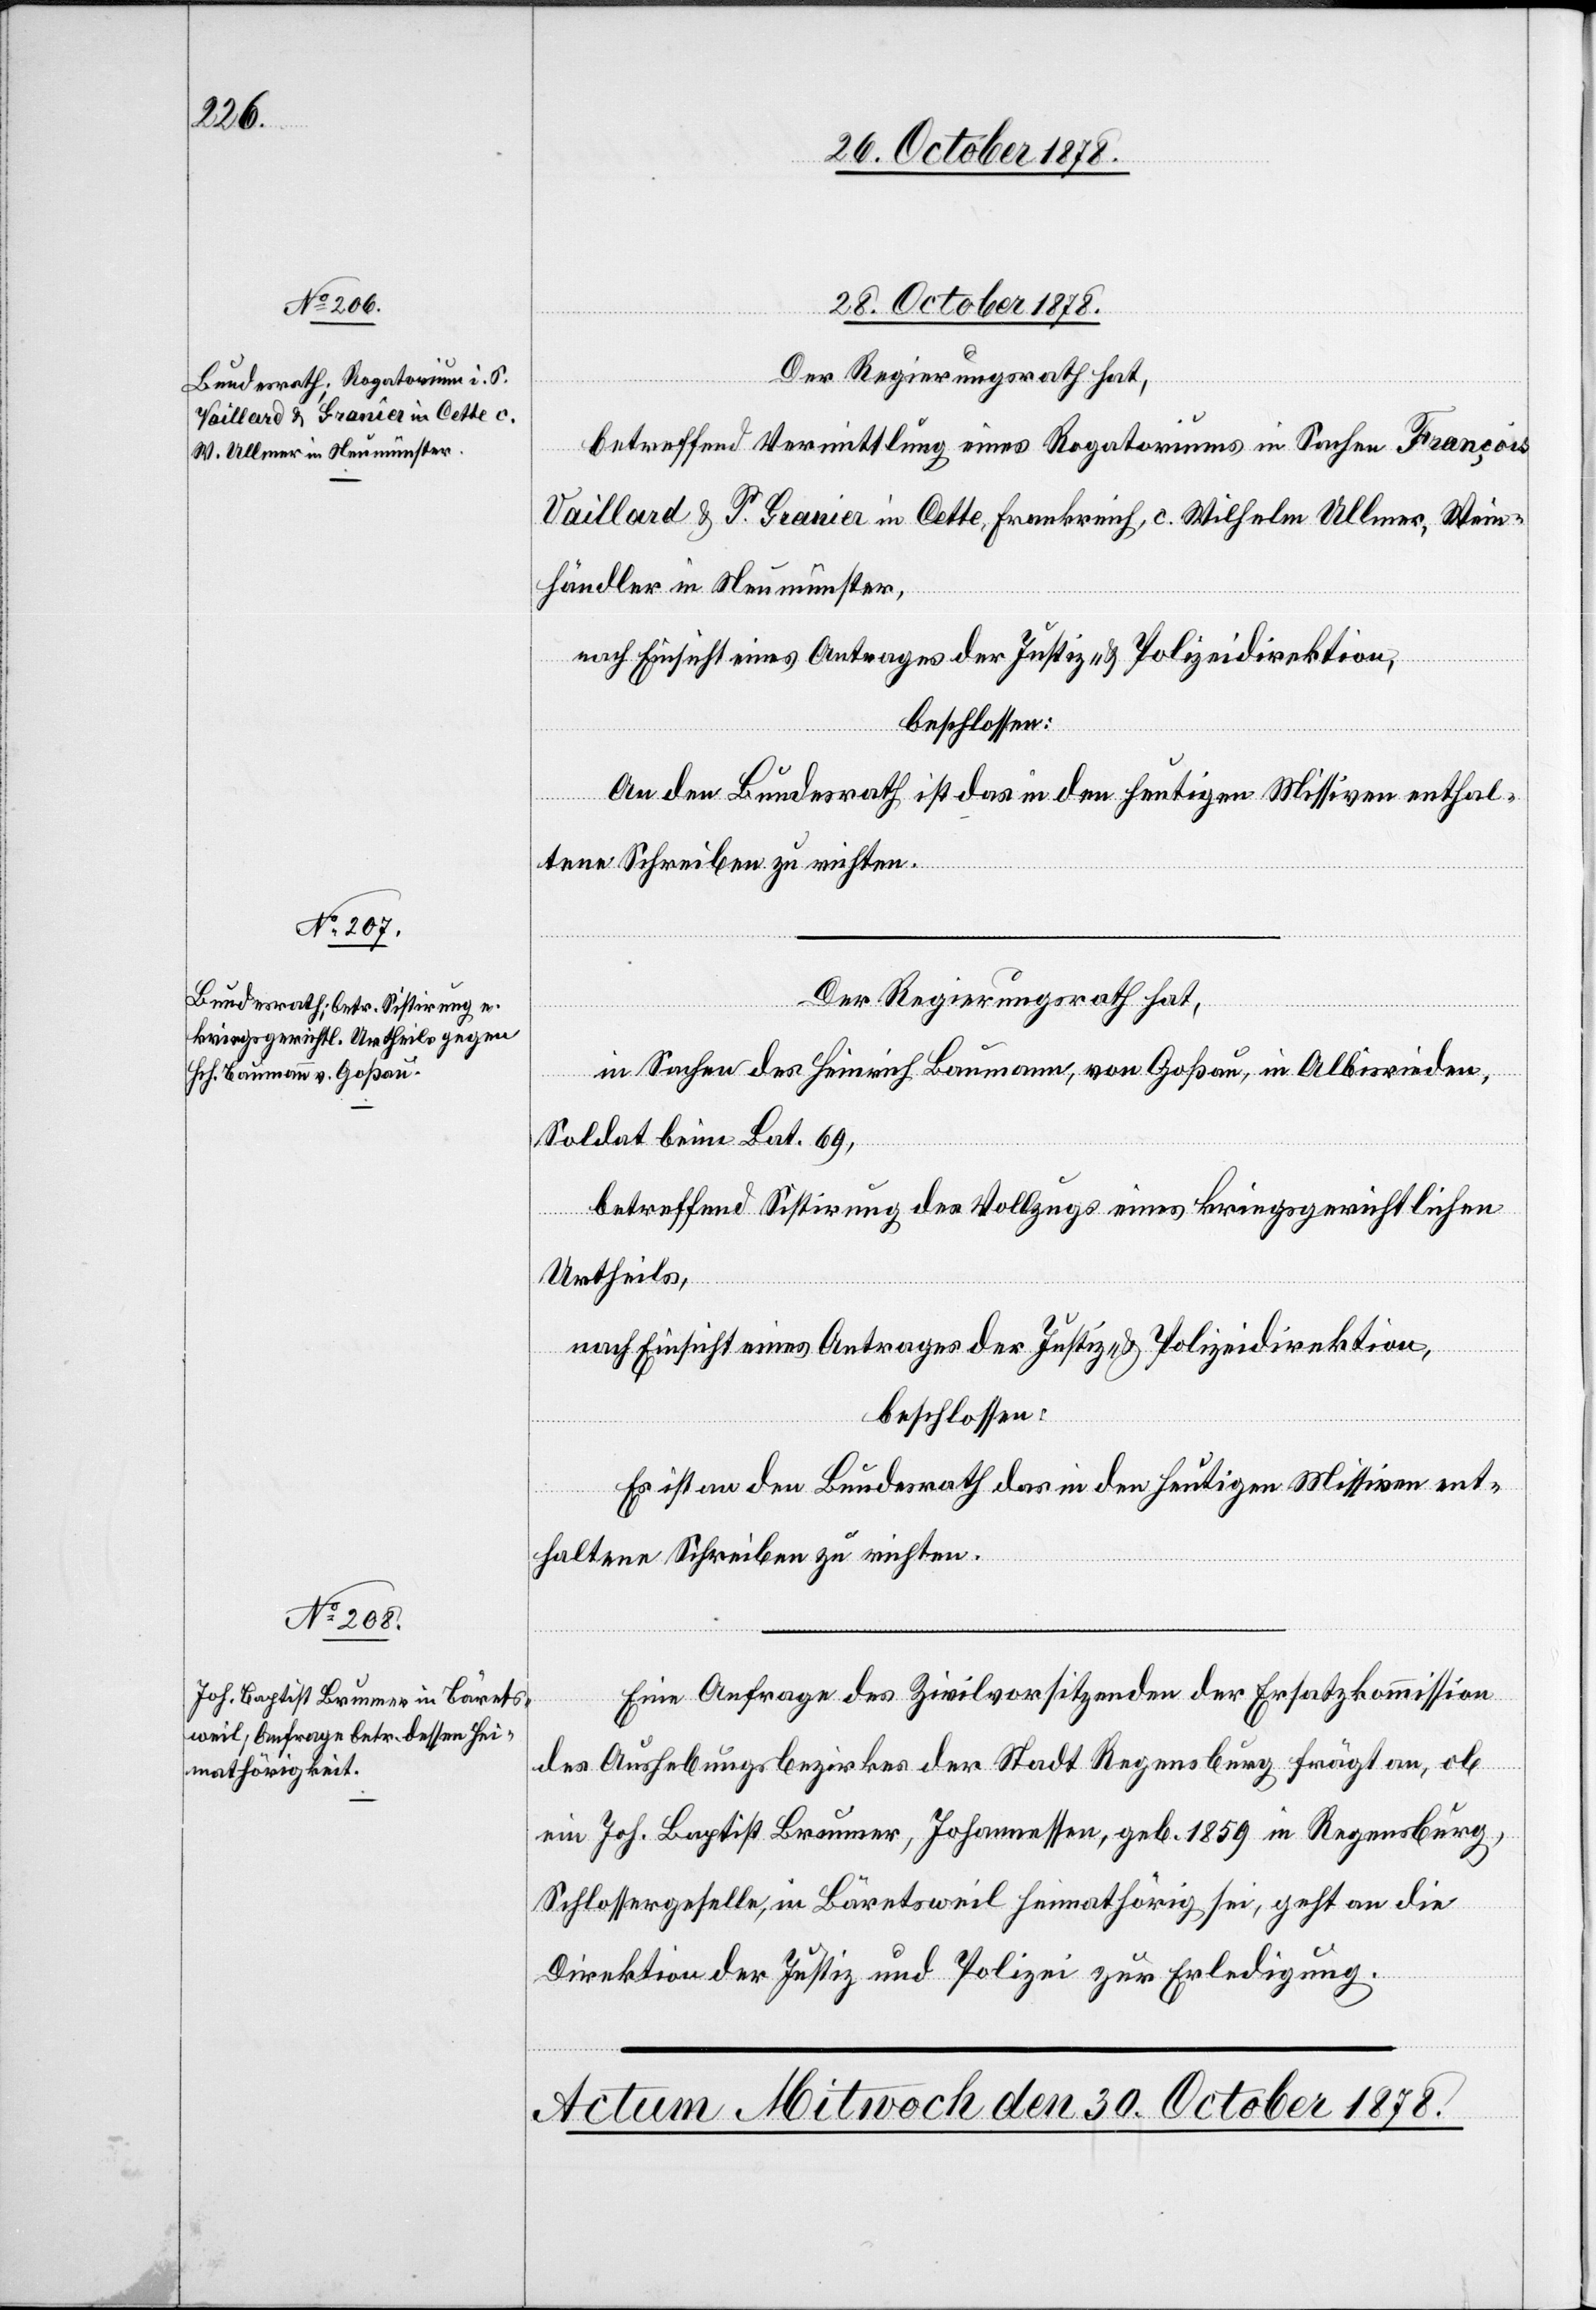
28. October 1878.]
Der Regierungsrath hat,
betreffend Vermittlung eines Rogatoriums in Sachen François
Vaillard & P. Granier in Cette, Frankreich, c. Wilhelm Ulmer, Wein¬
händler in Neumünster,
nach Einsicht eines Antrages der Justiz- & Polizeidirektion,
beschlossen:
An den Bundesrath ist das in den heutigen Missiven enthal¬
tene Schreiben zu richten.
in Sachen des Heinrich Baumann, von Goßau, in Albisrieden,
Soldat beim Bat. 69,
betreffend Sistirung des Vollzugs eines kriegsgerichtlichen
Urtheils,
nach Einsicht eines Antrages der Justiz- & Polizeidirektion,
beschlossen:
Es ist an den Bundesrath das in den heutigen Missiven ent¬
haltene Schreiben zu richten.
Eine Anfrage des Zivilvorsitzenden der Ersatzkommission
des Aushebungsbezirkes der Stadt Regensberg frägt an, ob
ein Joh. Baptist Brunner, Johanessen, geb. 1859, in Regensburg,
Schlossergeselle, in Bäretsweil heimathörig sei, geht an die
Direktion der Justiz und Polizei zur Erledigung.